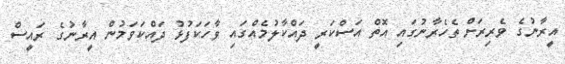
އީރާނުގެ ވެރިރަށް ތެހެރާނުގައި އޮތް އަސްކަރީ ދައްކާލުމެއްގައި ވާހަކަފުޅު ދައްކަވަމުން އީރާނުގެ ރައީސް